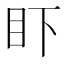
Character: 𰥌